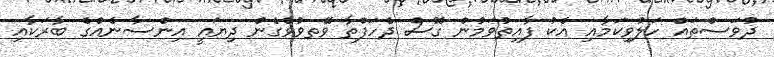
ދުވަސްތައް ހަލުވިކަމާއި އެކު ފާއިތުވަމުން ގޮސް ދެހަފްތާ ވޭތވުވެގެން ދިޔައީ އިންސާނެއްގެ ބާރަކާއި